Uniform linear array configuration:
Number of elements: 24
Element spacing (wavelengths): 0.5
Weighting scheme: cosine
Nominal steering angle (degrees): -60
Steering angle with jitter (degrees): -60.557
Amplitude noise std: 0.05
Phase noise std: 0.05

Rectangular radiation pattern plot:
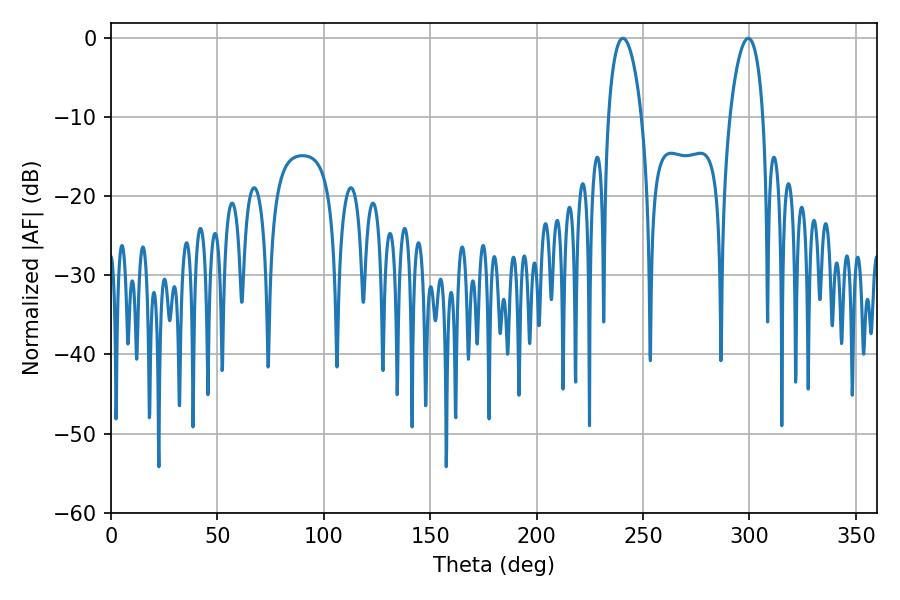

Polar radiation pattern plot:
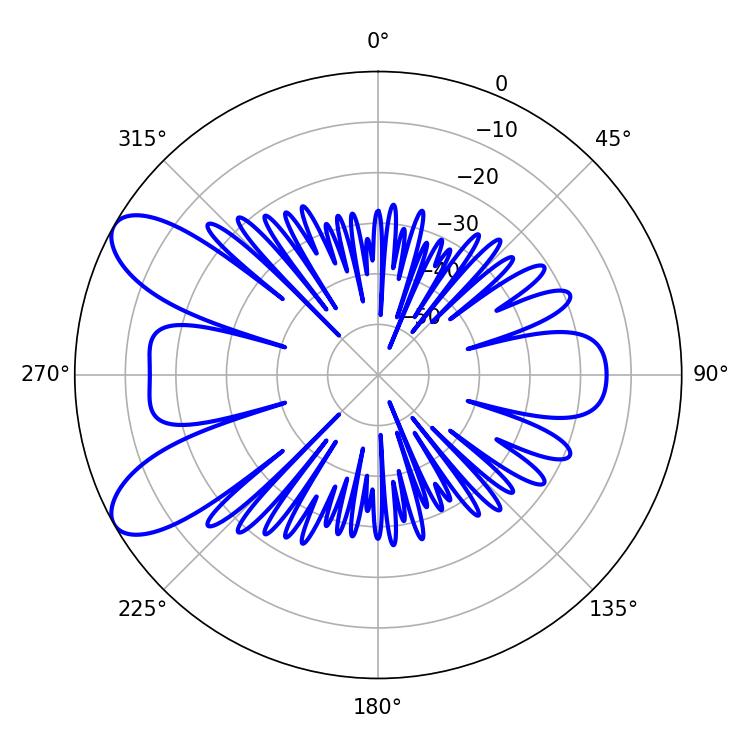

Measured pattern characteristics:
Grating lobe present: FALSE
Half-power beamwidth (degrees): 8.82
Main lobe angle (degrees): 240.48